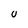
Character: U